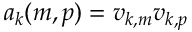
a _ { k } ( m , p ) = v _ { k , m } v _ { k , p }